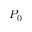
P _ { 0 }